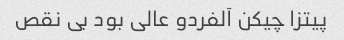
پیتزا چیکن آلفردو عالی بود بی نقص